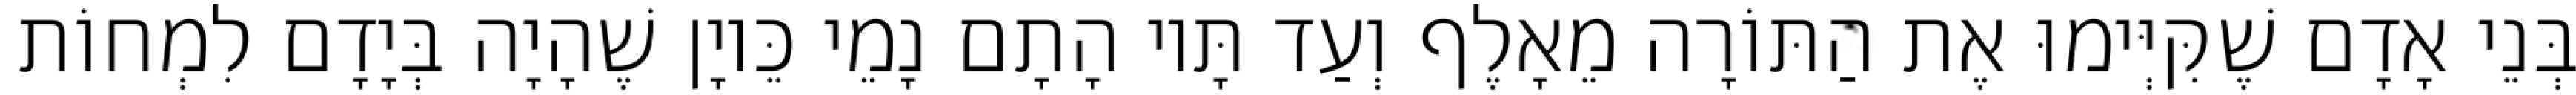
בְּנֵי אָדָם שֶׁקִּיְּימוּ אֶת הַתּוֹרָה מֵאָלֶף וְעַד תָּיו הָתָם נָמֵי כֵּיוָן שֶׁהָיָה בְּיָדָם לִמְחוֹת